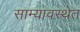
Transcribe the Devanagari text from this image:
साम्यावस्थेत